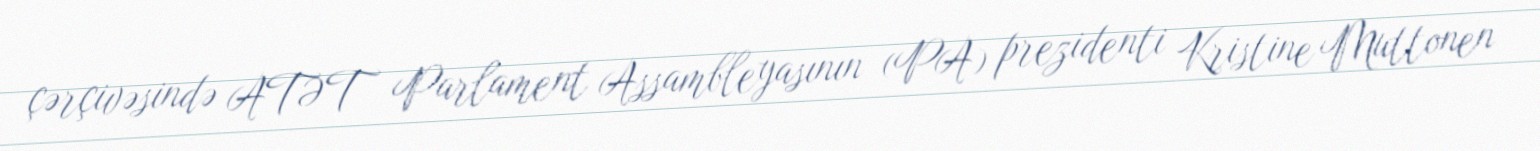
çərçivəsində ATƏT Parlament Assambleyasının (PA) prezidenti Kristine Muttonen